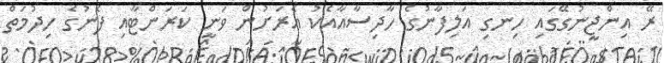
ރޭ އިންޖީނުގޭގައި ހިނގި އަލިފާނުގެ ހާދިސާއާއެކު އެރަށުން ވަނީ ކަރަންޓާއި ފެނުގެ ހިދުމަތް